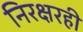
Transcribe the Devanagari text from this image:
निरक्षरही